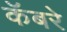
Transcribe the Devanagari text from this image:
कॅबरे